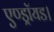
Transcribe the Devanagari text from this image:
एण्ड्रॉयड।